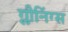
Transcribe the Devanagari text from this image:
ग्लीनिंग्स